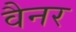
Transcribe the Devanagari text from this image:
वैनर